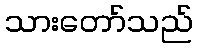
သားတော်သည်